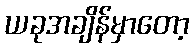
ယခုအချိန်မှာတော့